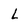
Character: L